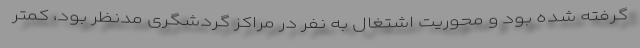
گرفته شده بود و محوریت اشتغال به نفر در مراکز گردشگری مدنظر بود، کمتر